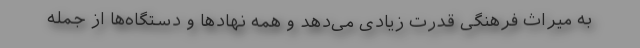
به میراث فرهنگی قدرت زیادی می‌دهد و همه نهادها و دستگاه‌ها از جمله